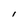
Character: I